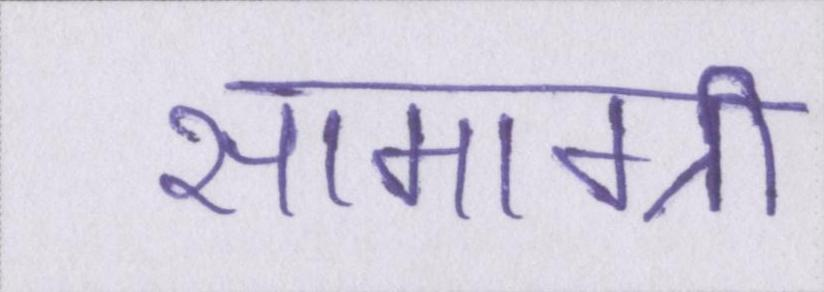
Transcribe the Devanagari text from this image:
सामाग्री